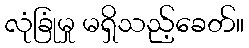
လုံခြုံမှု မရှိသည့်ခေတ်။